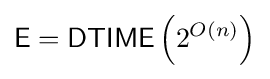
{\mathsf {E}}={\mathsf {DTIME}}\left(2^{O(n)}\right)